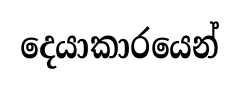
දෙයාකාරයෙන්